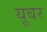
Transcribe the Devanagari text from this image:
यूबर